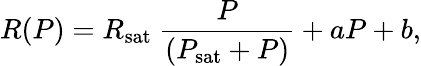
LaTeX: R(P)=R_{\textrm{sat}}\ \frac{P}{(P_{\textrm{sat}}+P)}+aP+b,